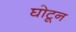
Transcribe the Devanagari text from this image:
घोटून